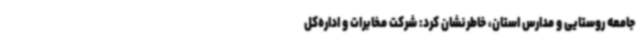
جامعه روستایی و مدارس استان، خاطرنشان کرد: شرکت مخابرات و اداره‌کل